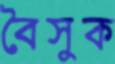
বৈসুক